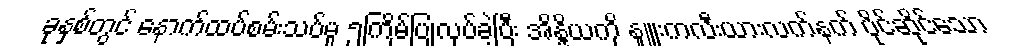
ခုနှစ်တွင် နောက်ထပ်စမ်းသပ်မှု ၅ကြိမ်ပြုလုပ်ခဲ့ပြီး အိန္ဒိယကို နျူးကလီးယားလက်နက် ပိုင်ဆိုင်သော